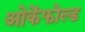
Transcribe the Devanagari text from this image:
ओकेंफोल्ड